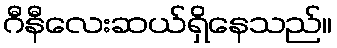
ဂီနီလေးဆယ်ရှိနေသည်။